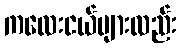
ကလေးငယ်များလည်း